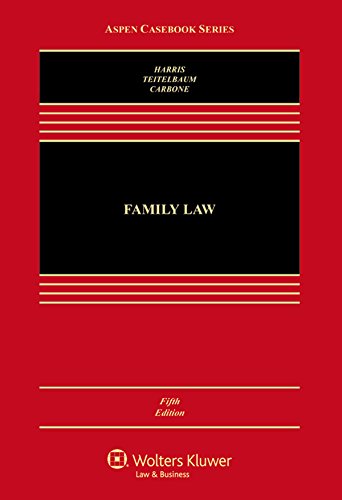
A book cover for Family Law (Aspen Casebook Series); Leslie Harris; Law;